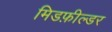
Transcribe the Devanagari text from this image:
मिडफ़ील्डर